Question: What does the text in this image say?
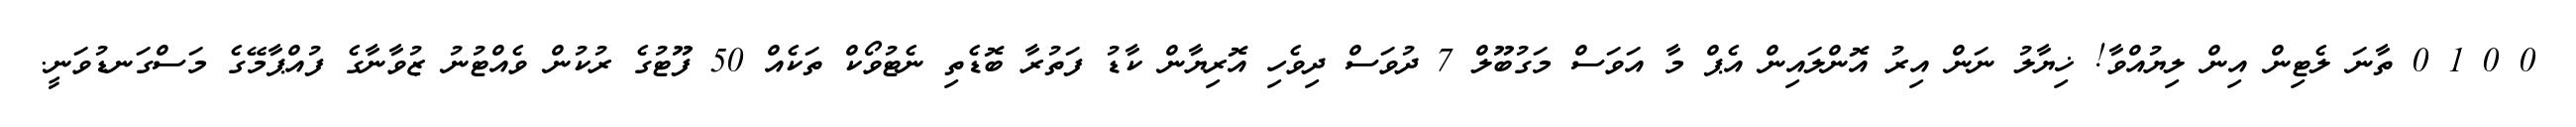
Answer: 0 0 1 0 ތާނަ ލެޓިން އިން ލިޔުއްވާ! ޚިޔާލު ނަން އިރު އޮންލައިން އެޕް މާ އަވަސް މަގުބޫލް 7 ދުވަސް ދިވެހި އޮރިޔާން ކާޑު ފަތުރާ ބޮޑެތި ނެޓުވޯކް ތަކެއް 50 ފޫޓުގެ ރުކުން ވެއްޓުނު ޒުވާނާގެ ފުއްޕާމޭގެ މަސްގަނޑުވަނީ.